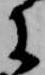
に